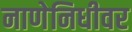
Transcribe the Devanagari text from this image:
नाणेनिधीवर